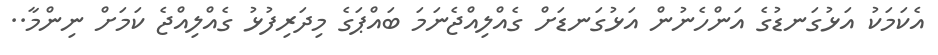
އެކަމަކު އަޅުގަނޑުގެ އަންހެނުން އަޅުގަނޑަށް ގެއްލިއްޖެނަމަ ބައްޕަގެ މިދަރިފުޅު ގެއްލިއްޖެ ކަމަށް ނިންމާ..